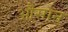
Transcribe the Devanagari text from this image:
औसान